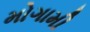
મોગામી